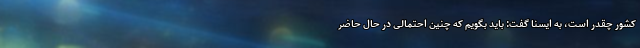
کشور چقدر است، به ایسنا گفت: باید بگویم که چنین احتمالی در حال حاضر